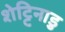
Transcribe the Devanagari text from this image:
शेट्टिनाडु